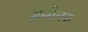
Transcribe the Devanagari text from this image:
सम्मेलक